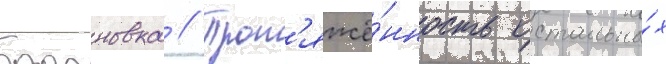
барановка // Прот'яжё́нность остальны́х